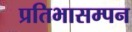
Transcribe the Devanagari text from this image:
प्रतिभासम्पन